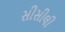
સીસીલી